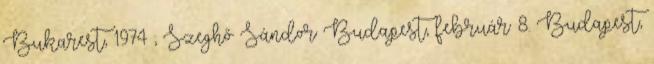
Bukarest, 1974 ; Szeghő Sándor Budapest, február 8. Budapest,